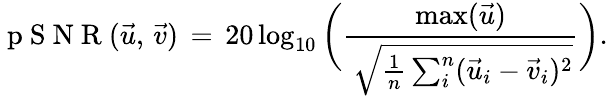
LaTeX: \mathrm{~p~S~N~R~}(\vec{u},\, \vec{v})\, =\, 20\log_{10}\bigg(\frac{\operatorname*{max}(\vec{u})}{{\, \sqrt{\frac{1}{n}\sum_{i}^{n}(\vec{u}_{i}-{\vec{v}}_{i})^{2}}}}\bigg).